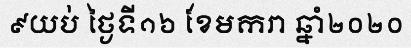
៩យប់ ថ្ងៃទី១៦ ខែមករា ឆ្នាំ២០២០